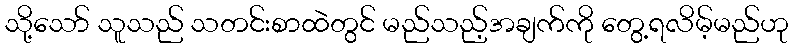
သို့သော် သူသည် သတင်းစာထဲတွင် မည်သည့်အချက်ကို တွေ့ရလိမ့်မည်ဟု